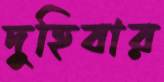
দুহিবার